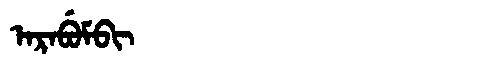
Manchu: ᠠᡵᠠᠪᡠᠮᠪᡳ
Romanization: ARABUMBI